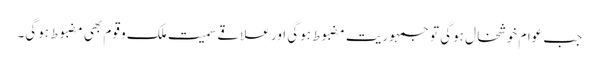
جب عوام خوشخال ہوگی تو جمہوریت مضبوط ہوگی اور علاقے سمیت ملک و قوم بھی مضبوط ہوگی۔